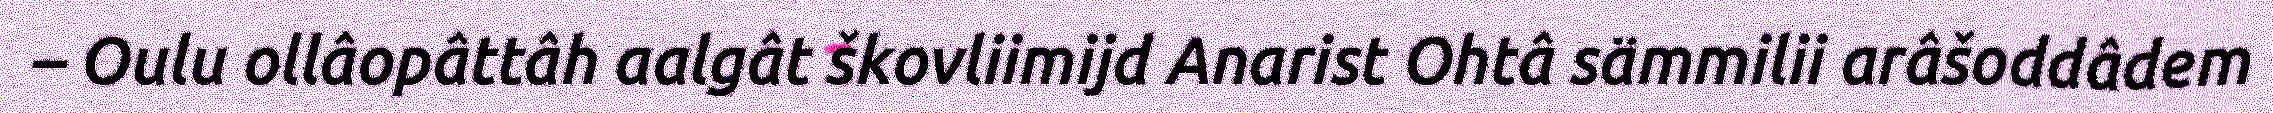
– Oulu ollâopâttâh aalgât škovliimijd Anarist Ohtâ sämmilii arâšoddâdem